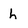
Character: h